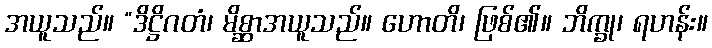
အယူသည်။ “ဒိဋ္ဌိဂတံ၊ မိစ္ဆာအယူသည်။ ဟောတိ၊ ဖြစ်၏။ ဘိက္ခု၊ ရဟန်း။